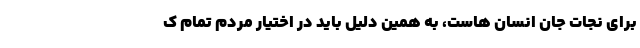
برای نجات جان انسان هاست، به همین دلیل باید در اختیار مردم تمام ک